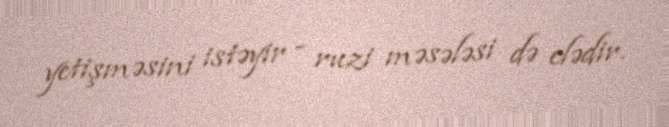
yetişməsini istəyir - ruzi məsələsi də elədir.